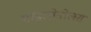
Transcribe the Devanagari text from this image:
पाइलोबोलस